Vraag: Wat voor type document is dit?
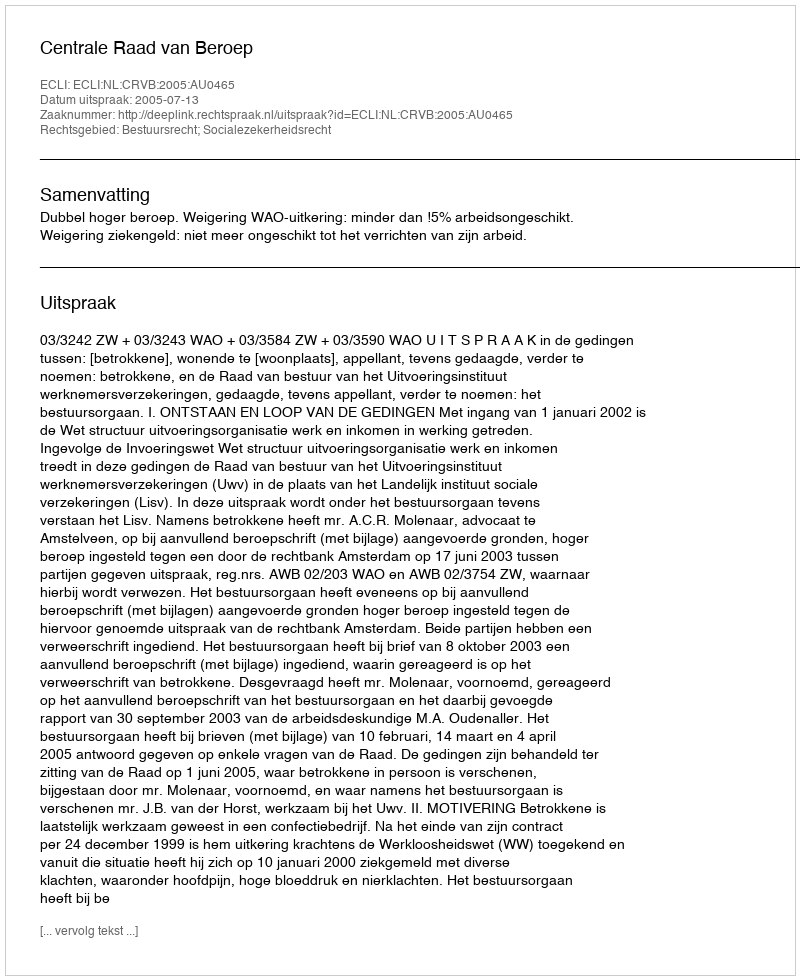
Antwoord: Uitspraak